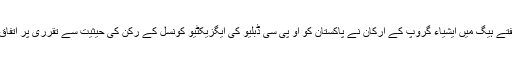
گزشتہ ہفتے ہیگ میں ایشیاء گروپ کے ارکان نے پاکستان کو او پی سی ڈبلیو کی ایگزیکٹیو کونسل کے رکن کی حیثیت سے تقرری پر اتفاق کیا تھا۔